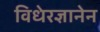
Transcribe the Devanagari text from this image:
विधेरज्ञानेन